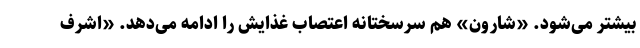
بیشتر می‌شود. «شارون» هم سرسختانه اعتصاب غذایش را ادامه می‌دهد. «اشرف